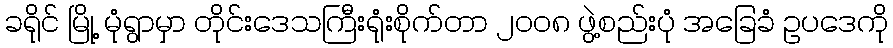
ခရိုင် မြို့ မုံရွာမှာ တိုင်းဒေသကြီးရုံးစိုက်တာ ၂ဝဝ၈ ဖွဲ့စည်းပုံ အခြေခံ ဥပဒေကို